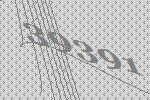
39391